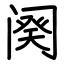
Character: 阕